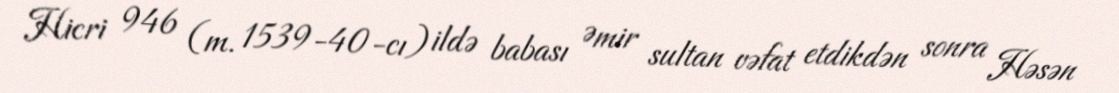
Hicri 946 (m. 1539-40-cı) ildə babası Əmir sultan vəfat etdikdən sonra Həsən